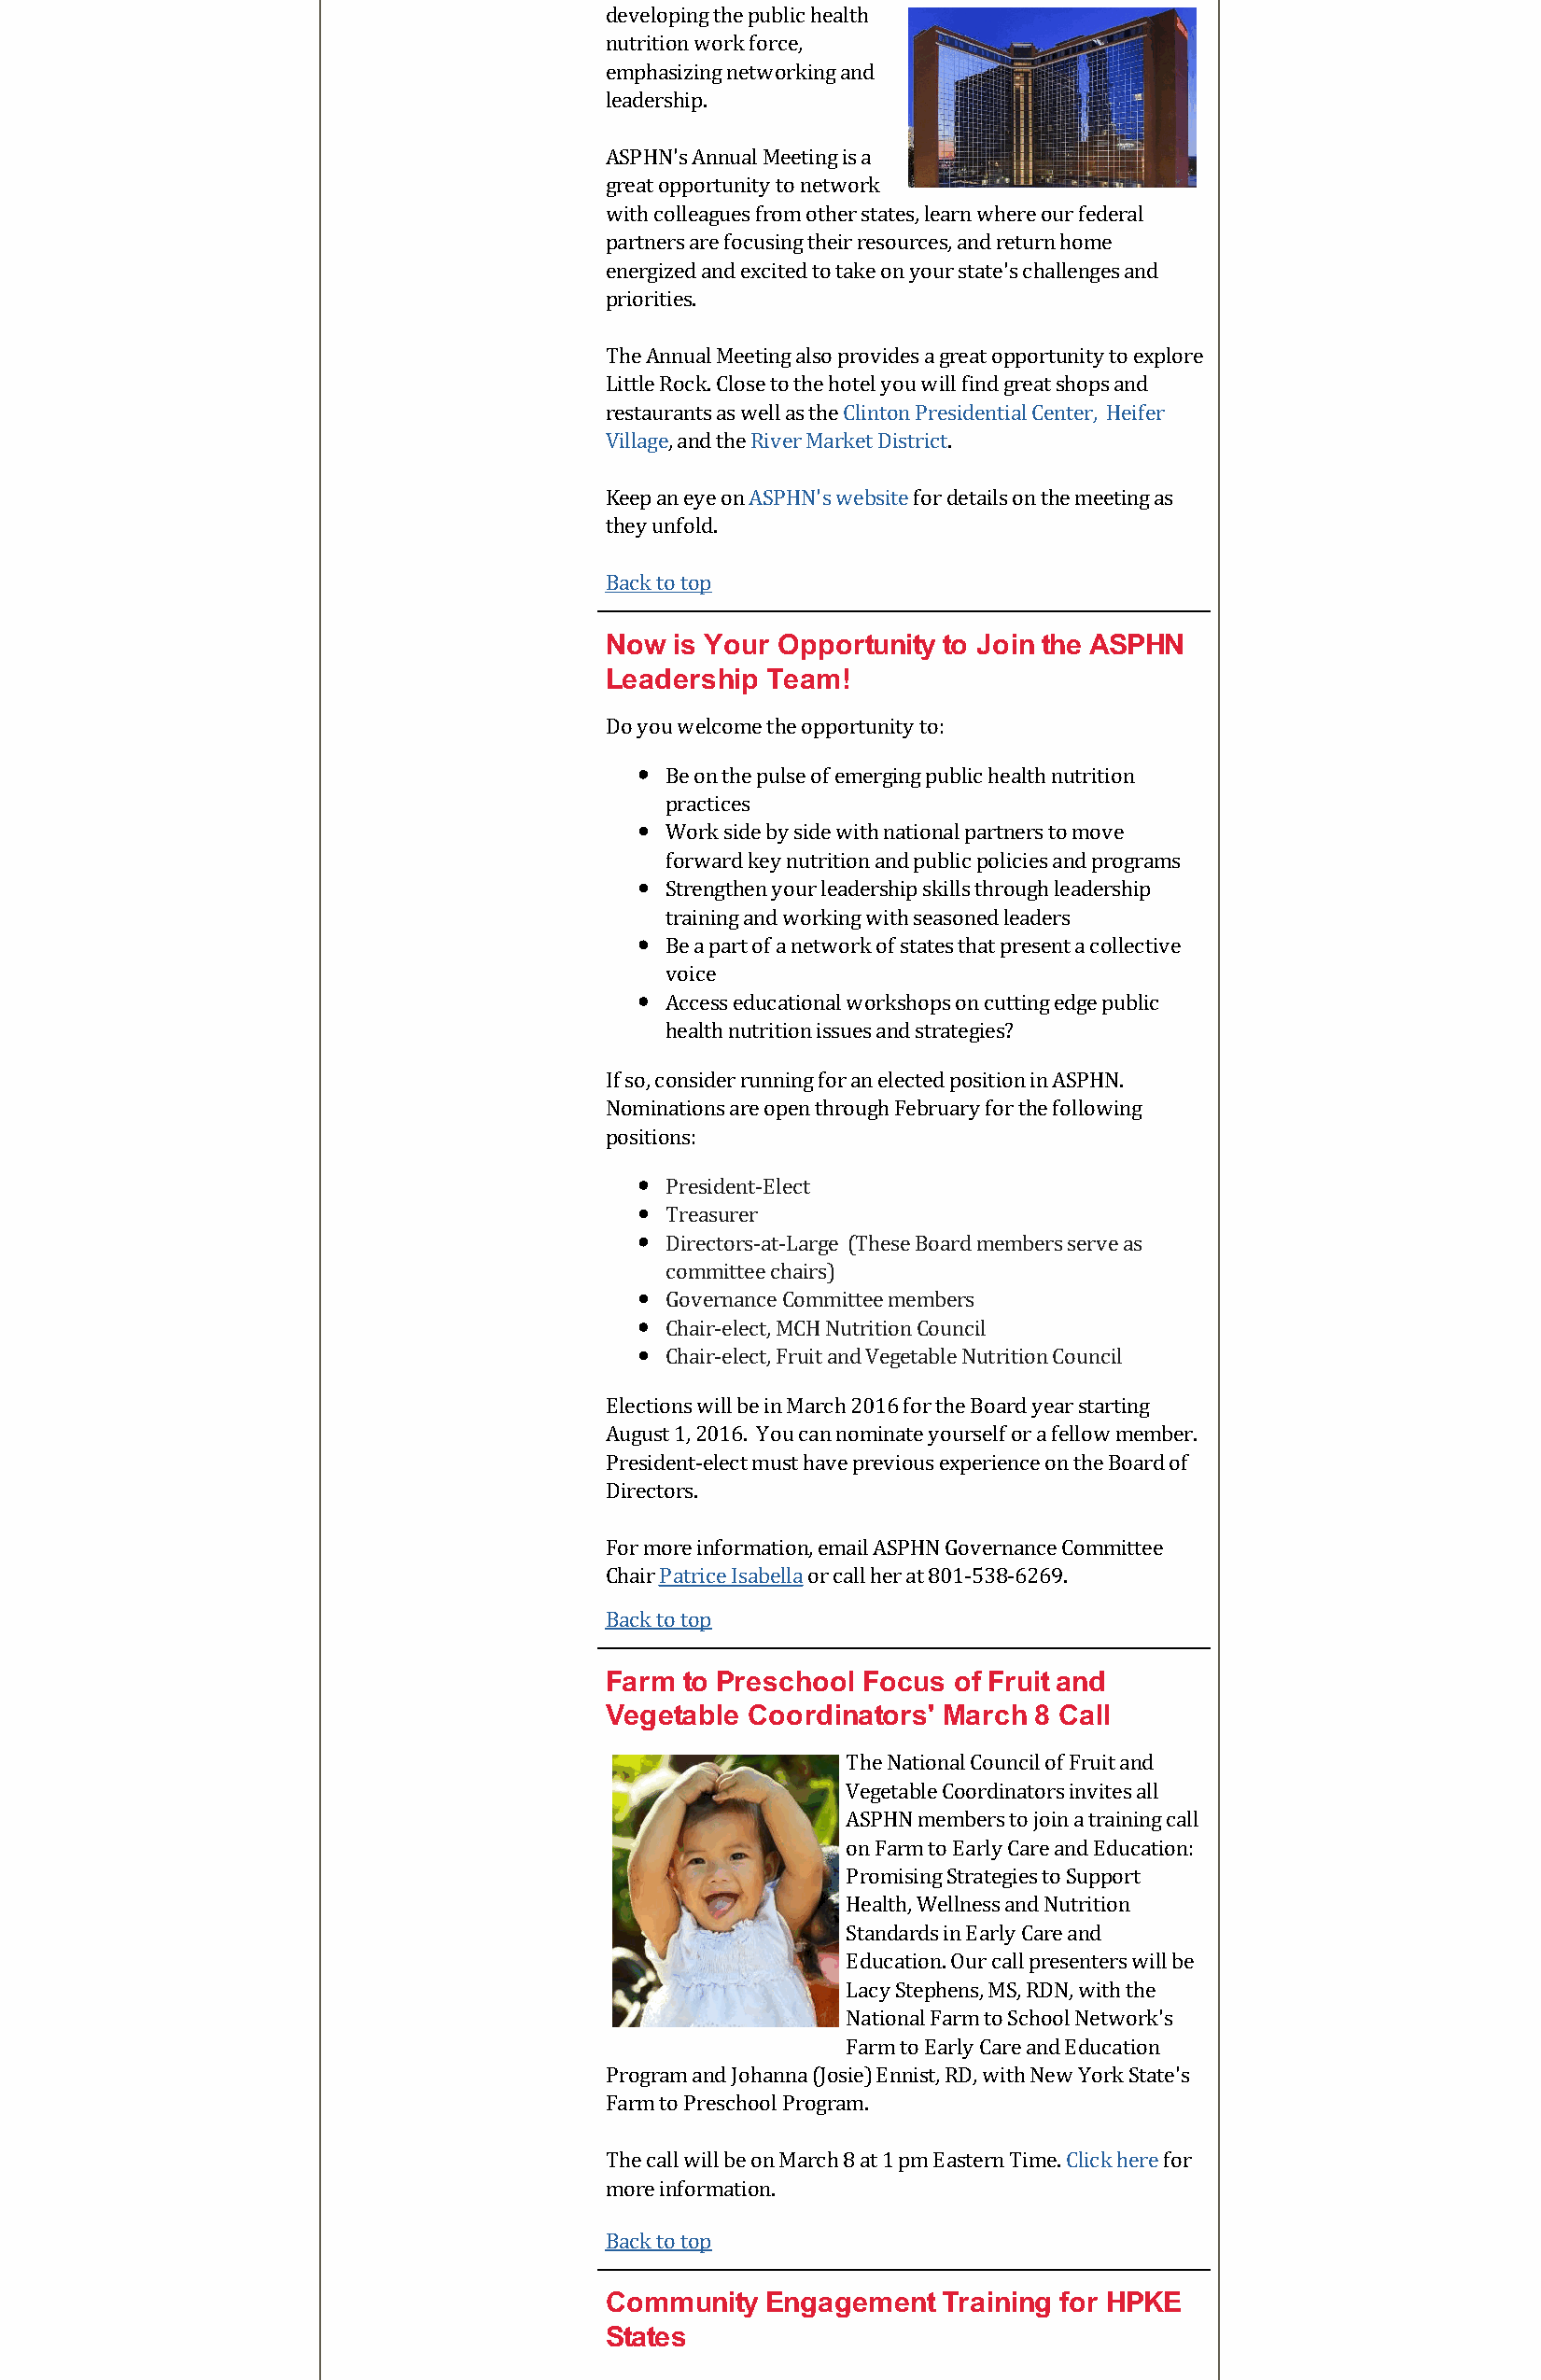
developing the public health
 nutrition work force,
 emphasizing networking and
 leadership.
 ASPHN's Annual Meeting is a
 great opportunity to network
 with colleagues from other states, learn where our federal
 partners are focusing their resources, and return home
 energized and excited to take on your state's challenges and
 priorities.
 The Annual Meeting also provides a great opportunity to explore
 Little Rock. Close to the hotel you will find great shops and
 restaurants as well as the Clinton Presidential Center, Heifer
 Village, and the River Market District.
 Keep an eye on ASPHN's website for details on the meeting as
 they unfold.
 Back to top
 Now  is Your Opportunity to Join the ASPHN
 Leadership Team!
 Do you welcome the opportunity to:
 Be on the pulse of emerging public health nutrition
 practices
 Work side by side with national partners to move
 forward key nutrition and public policies and programs
 Strengthen your leadership skills through leadership
 training and working with seasoned leaders
 Be a part of a network of states that present a collective
 voice
 Access educational workshops on cutting edge public
 health nutrition issues and strategies?
 If so, consider running for an elected position in ASPHN.
 Nominations are open through February for the following
 positions:
 President-Elect
 Treasurer
 Directors-at-Large (These Board members serve as
 committee chairs)
 Governance Committee members
 Chair-elect, MCH Nutrition Council
 Chair-elect, Fruit and Vegetable Nutrition Council
 Elections will be in March 2016 for the Board year starting
 August 1, 2016. You can nominate yourself or a fellow member.
 President-elect must have previous experience on the Board of
 Directors.
 For more information, email ASPHN Governance Committee
 Chair Patrice Isabella or call her at 801-538-6269.
 Back to top
 Farm to Preschool Focus  of Fruit and
 Vegetable Coordinators' March 8 Call
 The National Council of Fruit and
 Vegetable Coordinators invites all
 ASPHN members to join a training call
 on Farm to Early Care and Education:
 Promising Strategies to Support
 Health, Wellness and Nutrition
 Standards in Early Care and
 Education. Our call presenters will be
 Lacy Stephens, MS, RDN, with the
 National Farm to School Network's
 Farm to Early Care and Education
 Program and Johanna (Josie) Ennist, RD, with New York State's
 Farm to Preschool Program.
 The call will be on March 8 at 1 pm Eastern Time. Click here for
 more information.
 Back to top
 Community  Engagement   Training for HPKE
 States